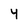
Character: 4